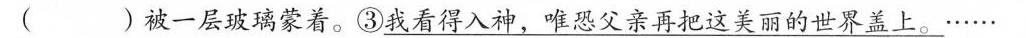
()被一层玻璃蒙着。\underline{③我看得入神，唯恐父亲再把这美丽的世界盖上。}……